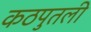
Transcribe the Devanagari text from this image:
कठपुतली